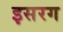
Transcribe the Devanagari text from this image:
इसरग